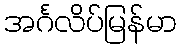
အင်္ဂလိပ်မြန်မာ